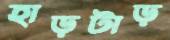
হাড়টাড়